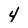
Character: 4